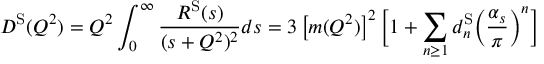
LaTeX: D ^ { \mathrm { S } } ( Q ^ { 2 } ) = Q ^ { 2 } \int _ { 0 } ^ { \infty } \frac { R ^ { \mathrm { S } } ( s ) } { ( s + Q ^ { 2 } ) ^ { 2 } } d s = 3 \left[ m ( Q ^ { 2 } ) \right] ^ { 2 } \bigg [ 1 + \sum _ { n \geq 1 } d _ { n } ^ { \mathrm { S } } \bigg ( \frac { \alpha _ { s } } { \pi } \bigg ) ^ { n } \bigg ]